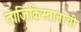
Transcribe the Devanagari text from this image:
ताजिकिस्तानाची